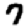
Digit: 7